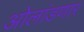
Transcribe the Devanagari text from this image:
ओलांडणार